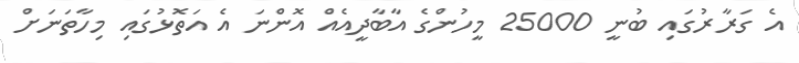
އެ ގަރާރުގައި ބުނީ 25000 މީހުންގެ އާބާދީއެއް އޮންނަ އެ އަތޮޅުގައި މިހާތަނަށް